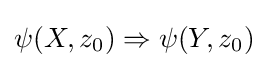
\psi (X,z_{0})\Rightarrow \psi (Y,z_{0})